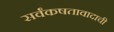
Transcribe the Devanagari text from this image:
सर्वंकषतावादाची